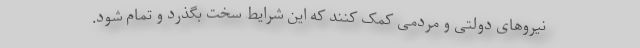
نیروهای دولتی و مردمی کمک کنند که این شرایط سخت بگذرد و تمام شود.